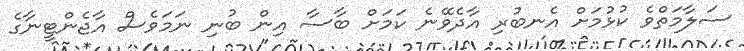
ސަލާމަތްވެ ކުޅުމަށް އެނބުރި އާދެވޭނެ ކަމަށް ބާސާ އިން ބުނި ނަމަވެސް އާޖެންޓީނާގެ